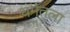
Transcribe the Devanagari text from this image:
धर्मतला